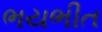
ભયભીત